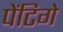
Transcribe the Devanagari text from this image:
पेंटिगे